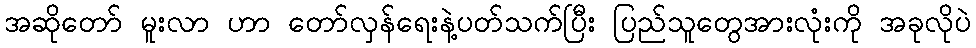
အဆိုတော် မူးလာ ဟာ တော်လှန်ရေးနဲ့ပတ်သက်ပြီး ပြည်သူတွေအားလုံးကို အခုလိုပဲ